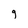
Character: g